Indian journal of veterinary science and animal husbandry - Volume 9,
Year: 1939
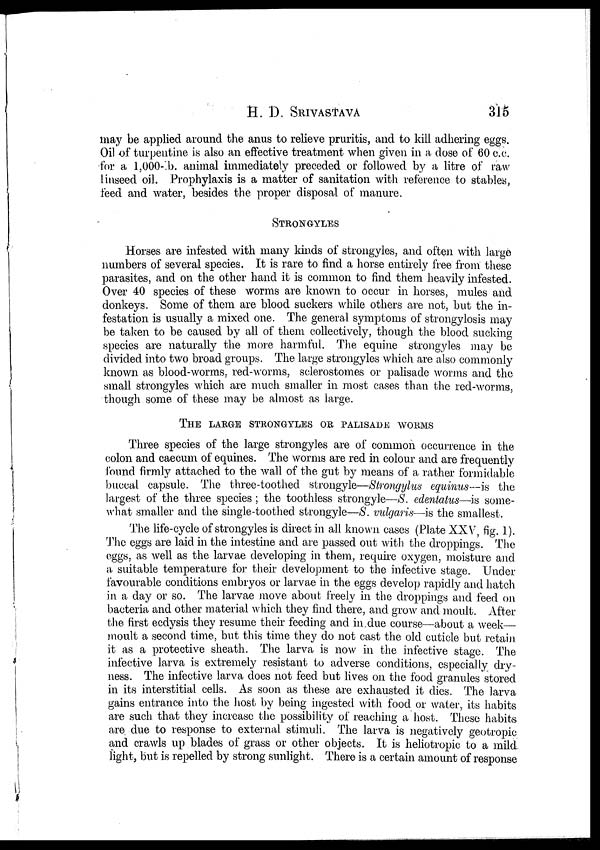
H. D.
SRIVASTAVA
315
may be applied around the anus to relieve pruritis, and to kill adhering eggs.
Oil of turpentine is also an effective treatment when given in a dose of 60 c.c.
for a l,000-lb. animal immediately preceded or followed by a litre of raw
linseed oil. Prophylaxis is a matter of sanitation with reference to stables,
feed and water, besides the proper disposal of manure.
STRONGYLES
Horses are infested with many kinds of strongyles, and often with large
numbers of several species. It is rare to find a horse entirely free from these
parasites, and on the other hand it is common to find them heavily infested.
Over 40 species of these worms are known to occur in horses, mules and
donkeys. Some of them are blood suckers while others are not, but the in-
festation is usually a mixed one. The general symptoms of strongylosis may
be taken to be caused by all of them collectively, though the blood sucking
species are naturally the more harmful. The equine strongyles may be
divided into two broad groups. The large strongyles which are also commonly
known as blood-worms, red-worms, sclerostomes or palisade worms and the
small strongyles which are much smaller in most cases than the red-worms,
though some of these may be almost as large.
THE LARGE STRONGYLES OR PALISADE WORMS
Three species of the large strongyles are of common occurrence in the
colon and caecum of equines. The worms are red in colour and are frequently
found firmly attached to the wall of the gut by means of a rather formidable
buccal capsule. The three-toothed strongyle—Strongylus equinus—is the
largest of the three species ; the toothless strongyle—S. edentatus—is some-
what smaller and the single-toothed strongyle—S. vulgaris—is the smallest.
The life-cycle of strongyles is direct in all known cases (Plate XXV, fig. 1).
The eggs are laid in the intestine and are passed out with the droppings. The
eggs, as well as the larvae developing in them, require oxygen, moisture and
a suitable temperature for their development to the infective stage. Under
favourable conditions embryos or larvae in the eggs develop rapidly and hatch
in a day or so. The larvae move about freely in the droppings and feed on
bacteria and other material which they find there, and grow and moult. After
the first ecdysis they resume their feeding and in due course—about a week—
moult a second time, but this time they do not cast the old cuticle but retain
it as a protective sheath. The larva is now in the infective stage. The
infective larva is extremely resistant to adverse conditions, especially dry-
ness. The infective larva does not feed but lives on the food granules stored
in its interstitial cells. As soon as these are exhausted it dies. The larva
gains entrance into the host by being ingested with food or water, its habits
are such that they increase the possibility of reaching a host. These habits
are due to response to external stimuli. The larva is negatively geotropic
and crawls up blades of grass or other objects. It is heliotropic to a mild
light, but is repelled by strong sunlight. There is a certain amount of response